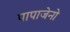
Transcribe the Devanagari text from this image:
पापाजेनो